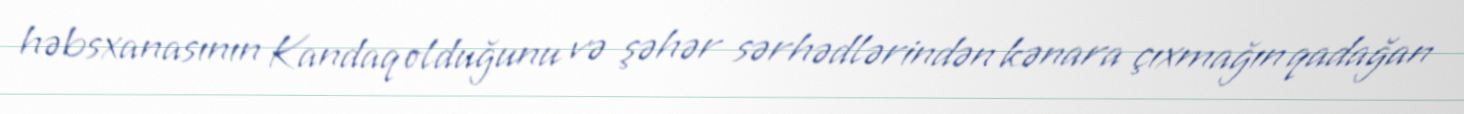
həbsxanasının Kandaq olduğunu və şəhər sərhədlərindən kənara çıxmağın qadağan